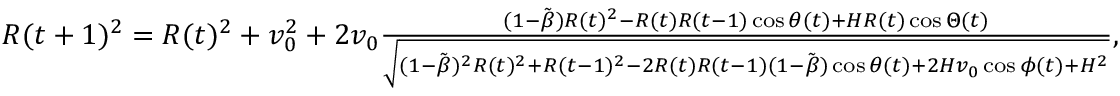
\begin{array} { r } { R ( t + 1 ) ^ { 2 } = R ( t ) ^ { 2 } + v _ { 0 } ^ { 2 } + 2 v _ { 0 } \frac { ( 1 - \tilde { \beta } ) R ( t ) ^ { 2 } - R ( t ) R ( t - 1 ) \cos \theta ( t ) + H R ( t ) \cos \Theta ( t ) } { \sqrt { ( 1 - \tilde { \beta } ) ^ { 2 } R ( t ) ^ { 2 } + R ( t - 1 ) ^ { 2 } - 2 R ( t ) R ( t - 1 ) ( 1 - \tilde { \beta } ) \cos \theta ( t ) + 2 H v _ { 0 } \cos \phi ( t ) + H ^ { 2 } } } , } \end{array}